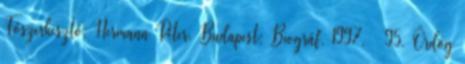
Főszerkesztő: Hermann Péter. Budapest: Biográf, 1997. – 95. Ördög